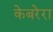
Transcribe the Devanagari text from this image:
केबरेरा